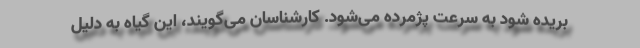
بریده شود به سرعت پژمرده می‌شود. کارشناسان می‌گویند، این گیاه به دلیل